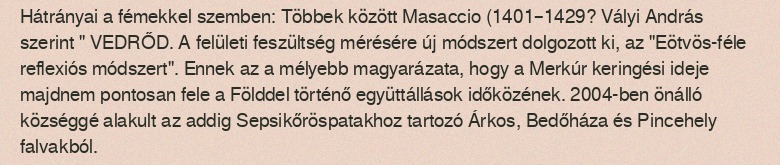
Hátrányai a fémekkel szemben: Többek között Masaccio (1401–1429? Vályi András szerint " VEDRŐD. A felületi feszültség mérésére új módszert dolgozott ki, az "Eötvös-féle reflexiós módszert". Ennek az a mélyebb magyarázata, hogy a Merkúr keringési ideje majdnem pontosan fele a Földdel történő együttállások időközének. 2004-ben önálló községgé alakult az addig Sepsikőröspatakhoz tartozó Árkos, Bedőháza és Pincehely falvakból.